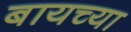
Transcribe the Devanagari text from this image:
बायच्या